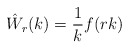
\begin{align*}\hat W_r(k) = \frac 1k f(rk)\end{align*}